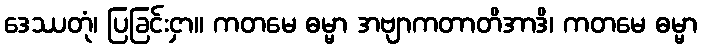
ဒေဿတုံ၊ ပြခြင်းငှာ။ ကတမေ ဓမ္မာ အဗျာကတာတိအာဒိ၊ ကတမေ ဓမ္မာ